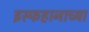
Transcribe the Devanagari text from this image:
इस्फहानाच्या